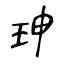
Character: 珅